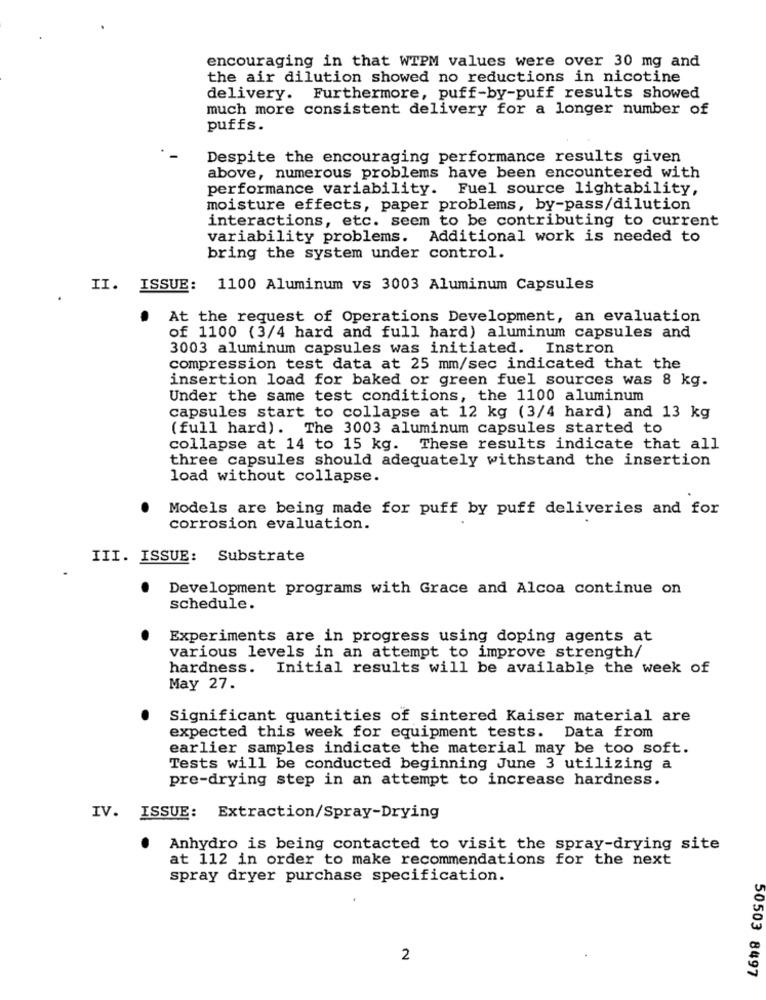
encouraging in that WTPM values were over 30 mg and
the air dilution showed no reductions in nicotine
delivery. Furthermore, puff-by-puff results showed
much more consistent delivery for a longer number of
puffs.
Despite the encouraging performance results given
above, numerous problems have been encountered with
performance variability. Fuel source lightability,
moisture effects, paper problems, by-pass/dilution
interactions, etc. seem to be contributing to current
variability problems. Additional work is needed to
bring the system under control.
II. ISSUE: 1100 Aluminum vs 3003 Aluminum Capsules
.
At the request of Operations Development, an evaluation
of 1100 (3/4 hard and full hard) aluminum capsules and
3003 aluminum capsules was initiated. Instron
compression test data at 25 mm/sec indicated that the
insertion load for baked or green fuel sources was 8 kg.
Under the same test conditions, the 1100 aluminum
capsules start to collapse at 12 kg (3/4 hard) and 13 kg
(full hard). The 3003 aluminum capsules started to
collapse at 14 to 15 kg.
These results indicate that all
three capsules should adequately withstand the insertion
load without collapse.
Models are being made for puff by puff deliveries and for
corrosion evaluation.
III. ISSUE: Substrate
.
Development programs with Grace and Alcoa continue on
schedule.
Experiments are in progress using doping agents at
various levels in an attempt to improve strength/
hardness. Initial results will be available the week of
May 27.
Significant quantities of sintered Kaiser material are
expected this week for equipment tests. Data from
earlier samples indicate the material may be too soft.
Tests will be conducted beginning June 3 utilizing a
pre-drying step in an attempt to increase hardness.
IV. ISSUE: Extraction/Spray-Drying
Anhydro is being contacted to visit the spray-drying site
at 112 in order to make recommendations for the next
spray dryer purchase specification.
2
50503 8497